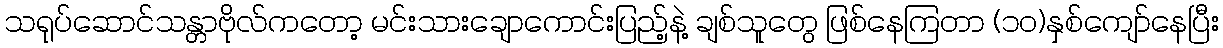
သရုပ်ဆောင်သန္တာဗိုလ်ကတော့ မင်းသားချောကောင်းပြည့်နဲ့ ချစ်သူတွေ ဖြစ်နေကြတာ (၁၀)နှစ်ကျော်နေပြီး